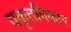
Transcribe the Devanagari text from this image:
यकृतविकार